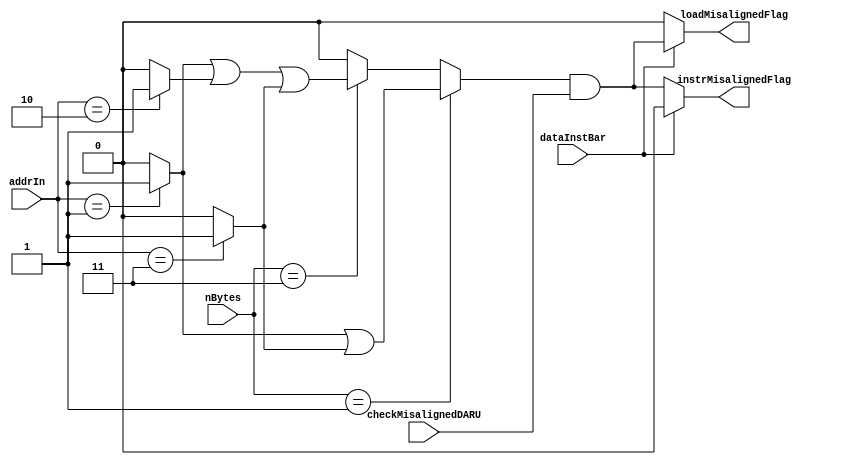
// **************************************************************************************
// Project: AFTAB
// Version: 1.0
// Date:
//
// Module Name: aftab_DARU_errorDetector
// Description:
//
// Dependencies:
//
// File content description:
// DARU_dp for AFTAB DARU
//
// **************************************************************************************
`timescale 1ns/1ns

module aftab_DARU_errorDetector #(parameter size = 32)(
    input [1:0] nBytes,
    input [1:0] addrIn,
    input dataInstBar,
    input checkMisalignedDARU,
    output instrMisalignedFlag,
    output loadMisalignedFlag
);

    wire dataReadingError;
    wire instReadingError;
    wire misalignedErrorP;
    wire cmp_01;
    wire cmp_10;
    wire cmp_11;
    wire [2:0] inReg;
    wire [2:0] outReg;

    assign cmp_01 = (addrIn == 2'b01) ? 1'b1 : 1'b0;
    assign cmp_10 = (addrIn == 2'b10) ? 1'b1 : 1'b0;
    assign cmp_11 = (addrIn == 2'b11) ? 1'b1 : 1'b0;

    assign misalignedErrorP = (nBytes == 2'b01) ? (cmp_01 | cmp_11) :
                              (nBytes == 2'b11) ? (cmp_01 | cmp_10 | cmp_11) : 1'b0;
    assign loadMisalignedFlag = (dataInstBar == 1'b1) ? (misalignedErrorP & checkMisalignedDARU) : 1'b0;
	assign instrMisalignedFlag = (dataInstBar == 1'b0) ? (misalignedErrorP & checkMisalignedDARU) : 1'b0;
endmodule